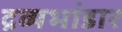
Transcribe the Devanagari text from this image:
द्रव्यभांडार